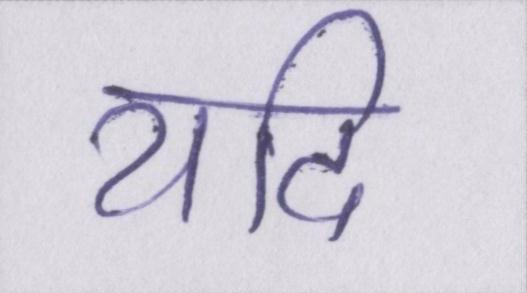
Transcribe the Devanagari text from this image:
यदि